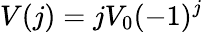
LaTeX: V(j)=jV_{0}(-1)^{j}